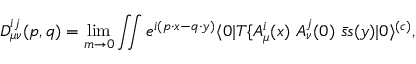
D _ { \mu \nu } ^ { i j } ( p , q ) = \operatorname * { l i m } _ { m \to 0 } \int \! \! \! \int e ^ { i ( p \cdot x - q \cdot y ) } \langle 0 | T \{ A _ { \mu } ^ { i } ( x ) \ A _ { \nu } ^ { j } ( 0 ) \ \bar { s } s ( y ) | 0 \rangle ^ { ( c ) } ,